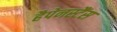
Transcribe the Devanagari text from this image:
हैपेनस्टैंस